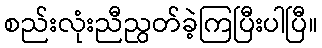
စည်းလုံးညီညွတ်ခဲ့ကြပြီးပါပြီ။